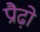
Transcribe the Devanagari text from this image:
प्रौढ़ो